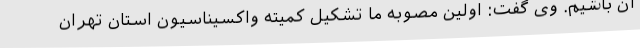
آن باشیم. وی گفت: اولین مصوبه ما تشکیل کمیته واکسیناسیون استان تهران